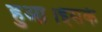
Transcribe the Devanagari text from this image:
हुआ।इसके